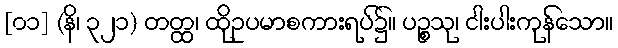
[၀၁] (နိ၊ ၃၂၁) တတ္ထ၊ ထိုဥပမာစကားရပ်၌။ ပဉ္စသု၊ ငါးပါးကုန်သော။